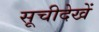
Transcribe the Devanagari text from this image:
सूचीदेखें